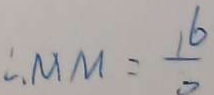
\therefore M M = \frac { 1 6 } { 2 }